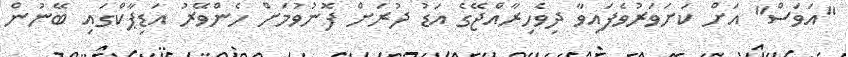
"އަވަސް" އަށް ކަށަވަރުވެފައިވާ ދިވެހިރާއްޖޭގެ އަޑު ދުރަށް ފޮނުވުމަށް ހެންވޭރު އަޑިޕާކްގައި ބޭނުން